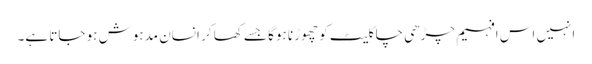
انہیں اس افہیم چڑھی چاکلیٹ کو چھوڑنا ہوگا جسے کھا کر انسان مدہوش ہو جاتا ہے۔